Annual report on the mental hospital in the Central Provinces and Berar (Nagpur) - 1927-1951
Year: 1927
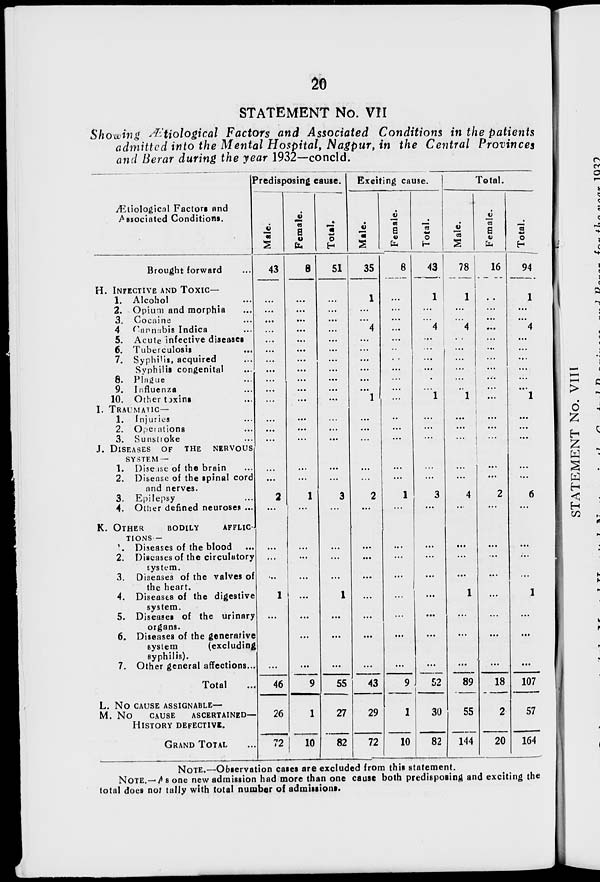
20
STATEMENT No. VII
Showing Ætiological Factors and Associated Conditions in the patients
admitted into the Mental Hospital, Nagpur, in the Central Provinces
and Berar during the year 1932—concld.
Ætiological Factors and
Associated Conditions.
Brought forward ...
H. INFECTIVE AND TOXIC—
1. Alcohol ...
2. Opium and morphia ...
3. Cocaine ...
4 Cannabis Indica ...
5. Acute infective diseases
6. Tuberculosis ...
7. Syphilis, acquired ...
Syphilis congenital ...
8. Plague ...
9. Influenza ...
10. Other toxins ...
I. TRAUMATIC—
1. Injuries ...
2. Operations ...
3. Sunstroke ...
J. DISEASES OF THE NERVOUS
SYSTEM —
1. Disease of the brain ...
2. Disease of the spinal cord
and nerves.
3. Epilepsy ...
4. Other defined neuroses ...
K. OTHER
BODILY
AFFLIC-
------
1. Diseases of the blood ...
2. Diseases of the circulatory
system.
3. Diseases of the valves of
the heart.
4. Diseases of the digestive
system.
5. Diseases of the urinary
organs.
6. Diseases of the generative
system
(excluding
syphilis).
7. Other general affections...
Total ...
L. NO CAUSE ASSIGNABLE—
M. NO
CAUSE
ASCERTAINED—
HISTORY DEFECTIVE.
GRAND TOTAL
Predisposing cause.
Male.
43
...
...
...
...
...
...
...
...
...
...
...
...
...
...
...
...
2
...
...
...
...
1
...
...
...
46
26
72
Female.
8
...
...
...
...
...
...
...
...
...
...
...
...
...
...
...
...
1
...
...
...
...
...
...
...
...
9
1
10
Total.
51
...
...
...
...
...
...
...
...
...
...
....
...
...
...
...
...
3
...
...
...
...
1
...
...
...
55
27
82
Exciting cause.
Male.
35
1
...
...
4
...
...
...
...
...
...
1
...
...
...
...
...
2
...
...
...
...
...
...
...
...
43
29
72
Female.
6
...
...
...
...
...
...
...
...
...
...
...
...
...
...
...
...
1
...
...
...
...
...
...
...
...
9
1
10
Total.
43
1
...
...
4
...
...
...
...
...
...
1
...
...
...
...
...
3
...
...
...
...
...
...
...
...
52
30
82
Total.
Male.
78
1
...
...
4
...
...
...
...
...
..
1
...
...
...
...
...
4
...
...
...
...
1
...
...
...
89
55
144
Female.
16
...
...
...
...
...
...
...
...
...
...
...
...
...
...
...
...
2
...
...
...
...
...
...
...
...
18
2
20
Total.
94
1
...
...
4
...
...
...
...
...
...
1
...
...
...
...
...
6
...
...
...
...
1
...
...
...
107
57
164
NOTE.—Observation cases are excluded from this statement.
NOTE.— As one new admission had more than one cause both predisposing and exciting the
total does not tally with total number of admissions.